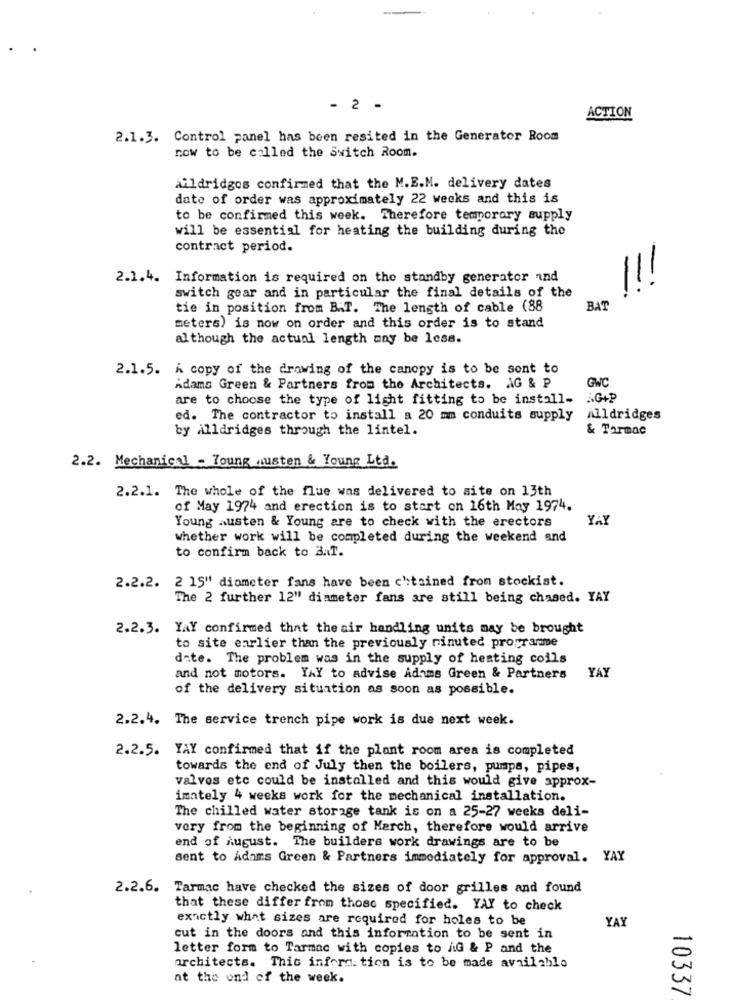
- 2 -
ACTION
2.1.3. Control panel has been resited in the Generator Room
now to be called the Switch Room.
aildridges confirmed that the M.E.M. delivery dates
date of order was approximately 22 weeks and this is
to be confirmed this week. Therefore temporary supply
will be essential for heating the building during the
contract period.
2.1.4. Information is required on the standby generator and
switch gear and in particular the final details of the
tie in position from B.T. The length of cable (88
BAT
meters) is now on order and this order is to stand
although the actual length may be less.
2.1.5. A copy of the drawing of the canopy is to be sent to
Adams Green & Partners from the Architects. AG & P
GWC
are to choose the type of light fitting to be install-
AG+P
ed. The contractor to install a 20 mm conduits supply
Alldridges
by Alldridges through the lintel.
& Tarmac
2.2. Mechanical - Young nusten & Young Ltd.
2.2.1. The whole of the flue was delivered to site on 13th
of May 1974 and erection is to start on 16th May 1974.
Young austen & Young are to check with the erectors
YAY
whether work will be completed during the weekend and
to confirm back to B.T.
2.2.2. 2 15" diameter fans have been c'tained from stockist.
The 2 further 12" diameter fans are still being chased. YAY
2.2.3. YAY confirmed that the air handling units may be brought
to site earlier than the previously ninuted programme
date. The problem was in the supply of heating coils
YAY
and not motors. YAY to advise Adams Green & Partners
of the delivery situation as soon as possible.
2.2.4. The service trench pipe work is due next week.
2.2.5. YAY confirmed that if the plant room area is completed
towards the end of July then the boilers, pumps, pipes,
valves etc could be installed and this would give approx-
imately 4 weeks work for the mechanical installation.
The chilled water storage tank is on a 25-27 weeks deli-
very from the beginning of March, therefore would arrive
end of August. The builders work drawings are to be
sent to Adams Green & Partners immediately for approval. YAY
2.2.6. Tarmac have checked the sizes of door grilles and found
that these differ from those specified. YAY to check
exactly what sizes are required for holes to be
YA
cut in the doors and this information to be sent in
letter form to Tarmac with copies to /G & P and the
architects. This information is to be made available
at the end of the week.
10337